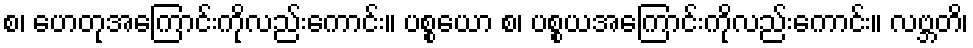
စ၊ ဟေတုအကြောင်းကိုလည်းကောင်း။ ပစ္စယော စ၊ ပစ္စယအကြောင်းကိုလည်းကောင်း။ လဗ္ဘတိ၊